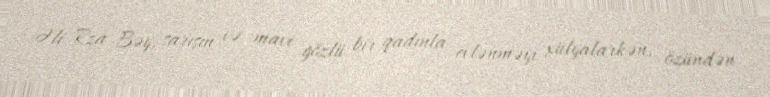
Əli Rza Bəy, sarışın və mavi gözlü bir qadınla evlənməyi xülyalarkən, özündən